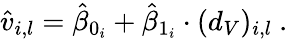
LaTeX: \hat{v}_{i,l}=\hat{\beta}_{0_{i}}+\hat{\beta}_{1_{i}}\cdot(d_{V})_{i,l}\ .